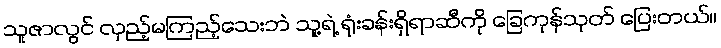
သူဇာလွင် လှည့်မကြည့်သေးဘဲ သူ့ရဲ့ ရုံးခန်းရှိရာဆီကို ခြေကုန်သုတ် ပြေးတယ်။